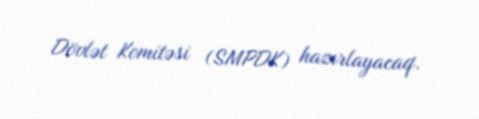
Dövlət Komitəsi (SMPDK) hazırlayacaq.